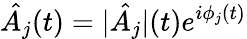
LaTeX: \hat{A_{j}}(t)=|\hat{A_{j}}|(t)e^{i\phi_{j}(t)}